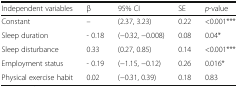
<table><thead><tr><td><b>Independent variables</b></td><td><b>β</b></td><td><b>95% CI</b></td><td><b>SE</b></td><td><b><i>p</i>-value</b></td></tr></thead><tbody><tr><td>Constant</td><td>–</td><td>(2.37, 3.23)</td><td>0.22</td><td>&lt;0.001***</td></tr><tr><td>Sleep duration</td><td>- 0.18</td><td>(−0.32, −0.008)</td><td>0.08</td><td>0.04*</td></tr><tr><td>Sleep disturbance</td><td>0.33</td><td>(0.27, 0.85)</td><td>0.14</td><td>&lt;0.001***</td></tr><tr><td>Employment status</td><td>- 0.19</td><td>(−1.15, −0.12)</td><td>0.26</td><td>0.016*</td></tr><tr><td>Physical exercise habit</td><td>0.02</td><td>(−0.31, 0.39)</td><td>0.18</td><td>0.83</td></tr></tbody></table>